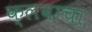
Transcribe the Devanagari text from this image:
क्लबाचा